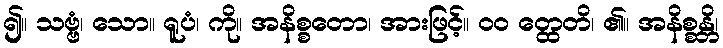
၍။ သဗ္ဗံ၊ သော။ ရူပံ၊ ကို။ အနိစ္စတော၊ အားဖြင့်။ ၀၀ တ္ထေတိ၊ ၏။ အနိစ္စန္တိ၊